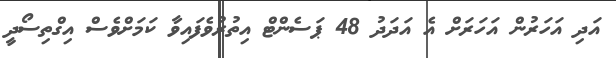
އަދި އަހަރުން އަހަރަށް އެ އަދަދު 48 ޕަސެންޓް އިތުރުވެފައިވާ ކަމަށްވެސް އިގްތިސޯދީ